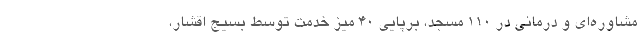
مشاوره‌ای و درمانی در ۱۱۰ مسجد، برپایی ۴۰ میز خدمت توسط بسیج اقشار،